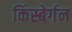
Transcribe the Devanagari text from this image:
किंस्बेर्गन